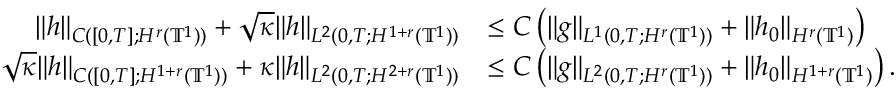
\begin{array} { r l } { \| h \| _ { C ( [ 0 , T ] ; H ^ { r } ( \ensuremath { \mathbb { T } } ^ { 1 } ) ) } + \sqrt { \kappa } \| h \| _ { L ^ { 2 } ( 0 , T ; H ^ { 1 + r } ( \ensuremath { \mathbb { T } } ^ { 1 } ) ) } } & { \leq C \left( \| g \| _ { L ^ { 1 } ( 0 , T ; H ^ { r } ( \ensuremath { \mathbb { T } } ^ { 1 } ) ) } + \| h _ { 0 } \| _ { H ^ { r } ( \ensuremath { \mathbb { T } } ^ { 1 } ) } \right) } \\ { \sqrt { \kappa } \| h \| _ { C ( [ 0 , T ] ; H ^ { 1 + r } ( \ensuremath { \mathbb { T } } ^ { 1 } ) ) } + \kappa \| h \| _ { L ^ { 2 } ( 0 , T ; H ^ { 2 + r } ( \ensuremath { \mathbb { T } } ^ { 1 } ) ) } } & { \leq C \left( \| g \| _ { L ^ { 2 } ( 0 , T ; H ^ { r } ( \ensuremath { \mathbb { T } } ^ { 1 } ) ) } + \| h _ { 0 } \| _ { H ^ { 1 + r } ( \ensuremath { \mathbb { T } } ^ { 1 } ) } \right) . } \end{array}